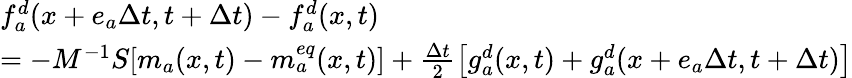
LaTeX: \begin{array}{l}{f_{a}^{d}(x+e_{a}\Delta t,t+\Delta t)-f_{a}^{d}(x,t)}\\ {=-M^{-1}S[m_{a}(x,t)-m_{a}^{eq}(x,t)]+\frac{\Delta t}{2}\left[g_{a}^{d}(x,t)+g_{a}^{d}(x+e_{a}\Delta t,t+\Delta t)\right]}\end{array}